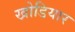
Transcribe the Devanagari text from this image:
खोडियार